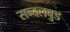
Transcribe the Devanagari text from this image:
सन्दलवुड